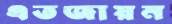
এতজায়ন